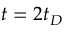
t = 2 t _ { D }